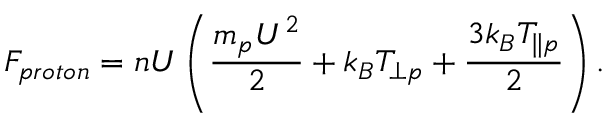
F _ { p r o t o n } = n U \left( \frac { m _ { p } U ^ { 2 } } { 2 } + k _ { B } T _ { \perp p } + \frac { 3 k _ { B } T _ { \parallel p } } { 2 } \right) .